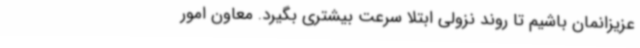
عزیزانمان باشیم تا روند نزولی ابتلا سرعت بیشتری بگیرد. معاون امور